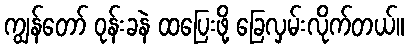
ကျွန်တော် ဝုန်းခနဲ ထပြေးဖို့ ခြေလှမ်းလိုက်တယ်။